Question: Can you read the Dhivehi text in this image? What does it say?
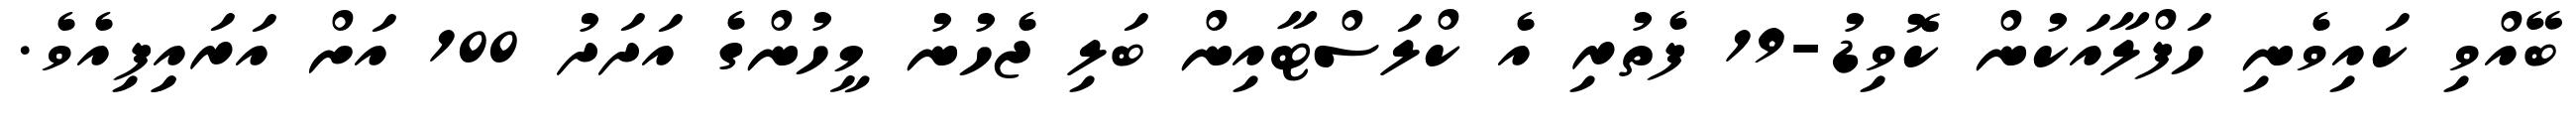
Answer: ބޭއްވި ކައިވެނި ހަފްލާއަކުން ކޮވިޑު-19 ފެތުރި އެ ކްލަސްޓާއިން ބަލި ޖެހުނު މީހުންގެ އަދަދު 100 އަށް އަރައިިފިއެވެ.